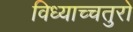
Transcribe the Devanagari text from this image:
विध्याच्चतुरो